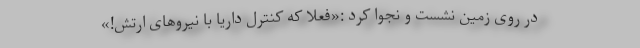
در روی زمین نشست و نجوا کرد :«فعلاً که کنترل داریا با نیروهای ارتش!»